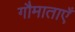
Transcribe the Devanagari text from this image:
गौमाताएँ